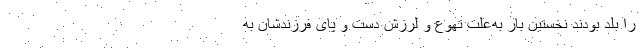
را بلد بودند نخستین بار به‌علت تهوع و لرزش دست و پای فرزند‌شان به